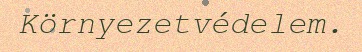
Környezetvédelem.